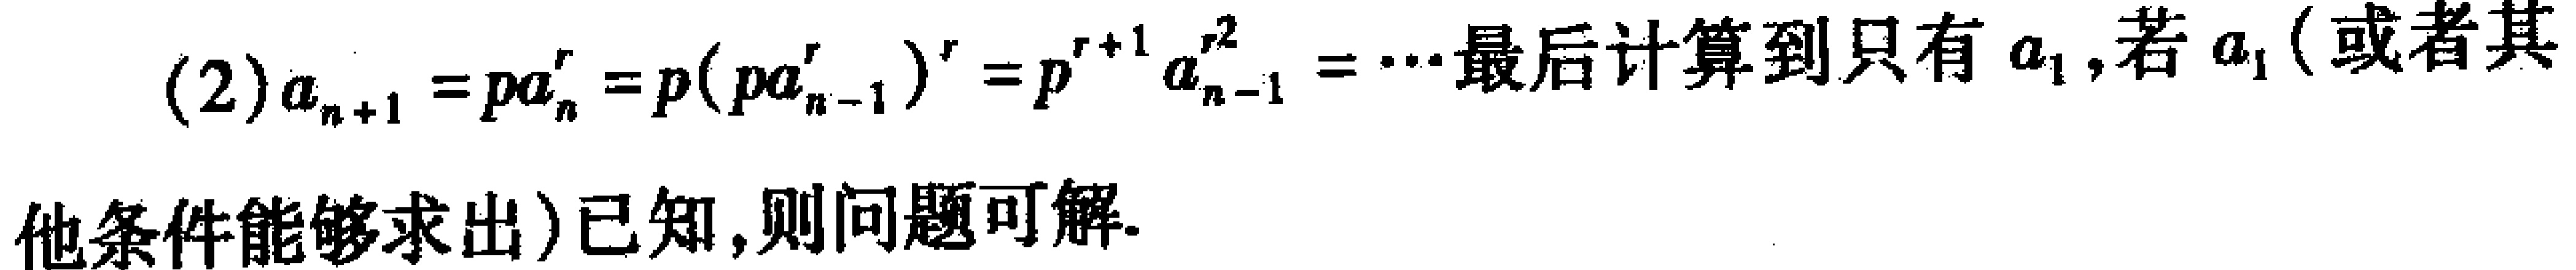
(2)$a_{n + 1} = pa_{n}^{r}=p(pa_{n - 1}^{r})^{r}=p^{r + 1}a_{n - 1}^{r^{2}}=\cdots$最后计算到只有$a_{1}$,若$a_{1}$(或者其他条件能够求出)已知,则问题可解.